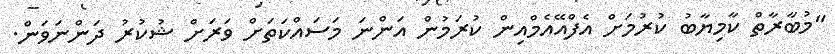
"މުބާރާތް ކާމިޔާބު ކުރުމަށް އެފްއޭއެމްއިން ކުރަމުން އަންނަ މަސައްކަތަށް ވަރަށް ޝުކުރު ދަންނަވަން.